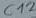
Text: C12